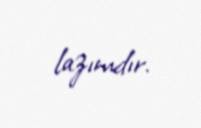
lazımdır.